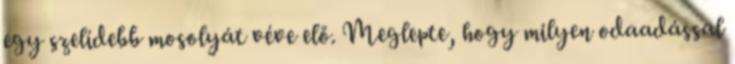
egy szelídebb mosolyát véve elő. Meglepte, hogy milyen odaadással